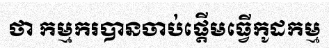
ថា កម្មករបានចាប់ផ្តើមធ្វើកូដកម្ម